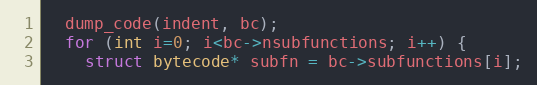
Language: C
  dump_code(indent, bc);
  for (int i=0; i<bc->nsubfunctions; i++) {
    struct bytecode* subfn = bc->subfunctions[i];